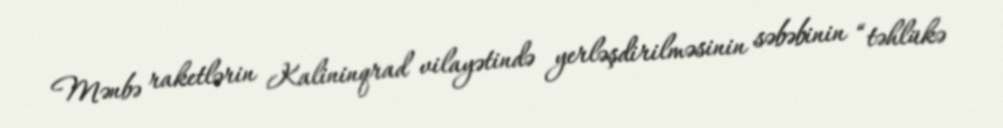
Mənbə raketlərin Kalininqrad vilayətində yerləşdirilməsinin səbəbinin “təhlükə